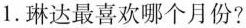
1.琳达最喜欢哪个月份?